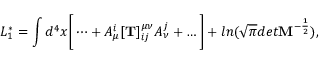
L _ { 1 } ^ { * } = \int d ^ { 4 } x \bigg [ \dots + A _ { \mu } ^ { i } [ { \bf T } ] _ { i j } ^ { \mu \nu } A _ { \nu } ^ { j } + \dots \bigg ] + l n ( \sqrt \pi d e t { \bf M } ^ { - \frac 1 2 } ) ,